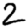
Digit: 2